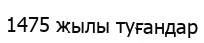
1475 жылы туғандар